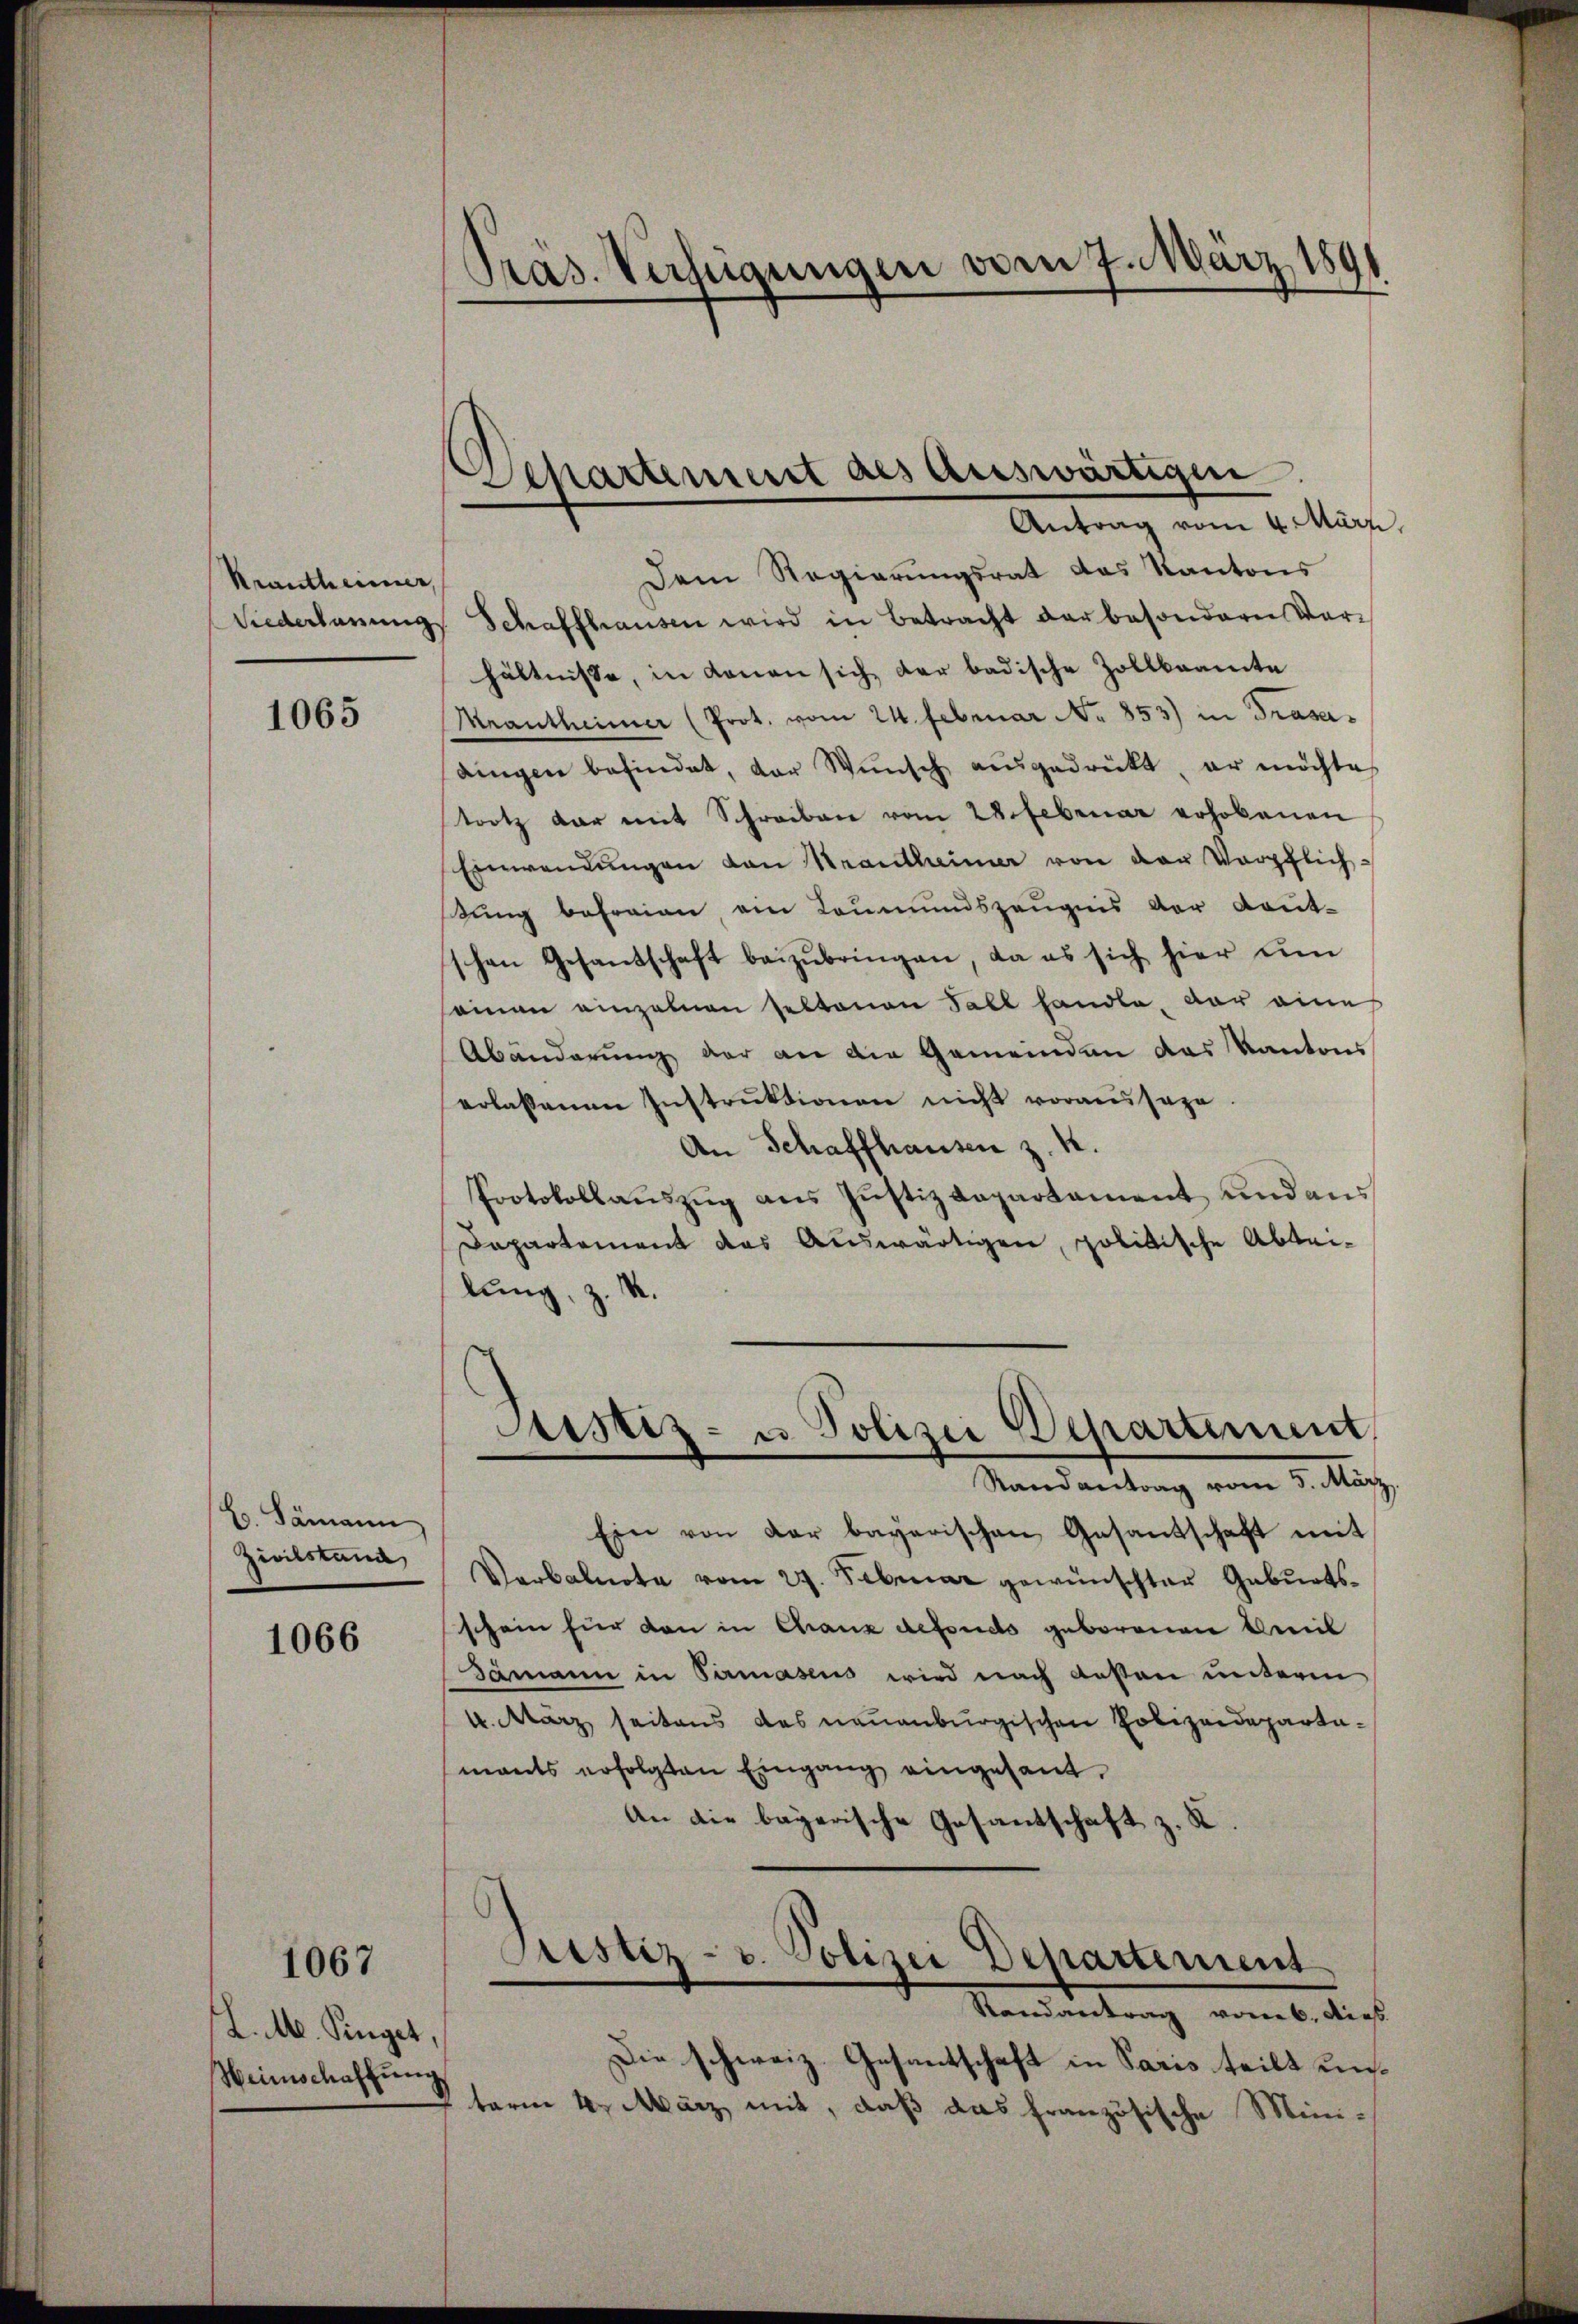
Krautheimer,

1065

B. Samann
Zivilstand,

1066

L. M. Ringet,
Weinschaffung

1067

Pras. Verfügungen vom 7. März 1891

Dem Regierungsrat das Kantons
Niederbarung Schaffhausen wird in Betracht der besondern Vorhältnisse, in denen sich der badische Zollbeamte
Meantheimer (Prot. vom 24. Februar No 853) in Trasadingen befindet, der Wŭnsch ausgedrükt, er möchte
trotz dar mit Schreiben vom 28. Februar erhobenen
Einwendŭngen von Brandtheimer von der Verpflichßung befreien, ein Leumundszeugnis der Kautschen Gesandschaft beizŭbringen, da es sich hier um
seinen einzelnen seltenen Fall handle, der eine
Abänderung der an die Gemeinden das Kantons
erlassenen Instruktionen nicht voraussage
An Schaffhausen z. K.
Protokollaŭszŭg ans Justizdepartament und aus
Departement des Auswärtigen, politische Abteid
lŭng, z.

Departiniert des auswärtige
Antrag vom 4. März,

Ein von der bayerischen Gesandschaft mit
Verbalnote vom 27. Februar gewünschter Geburtsschein für den in Chanz defonds geborenen Breil
Gamann in Parmasens wird nach Aesten unterm
4. März seitens des neuenburgischen Polizeidepartamants erfolgten Eingang eingesant.
An die bayerische Gesantschaft z. K

Astiz- u Polizei Departement,
—
Randantrag vom 5. März

Justiz- u. Polizei Departement
Randantrag vom 6. dies

Die schweiz. Gesantschaft in Paris teilt unterm 4. März mit, daß das französische Mini¬